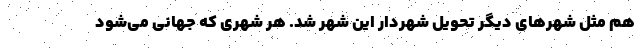
هم مثل شهرهای دیگر تحویل شهردار این شهر شد. هر شهری که جهانی می‌شود